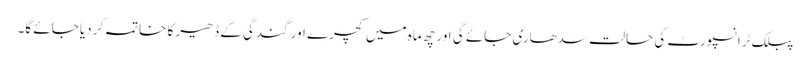
پبلک ٹرانسپورٹ کی حالت سدھاری جائے گی اور چھ ماہ میں کچرے اور گندگی کے ڈھیر کا خاتمہ کردیا جائے گا۔